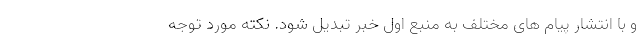
و با انتشار پیام های مختلف به منبع اول خبر تبدیل شود. نکته مورد توجه